Annual administration report of the Civil Veterinary Department of India - 1894-1895
Year: 1894
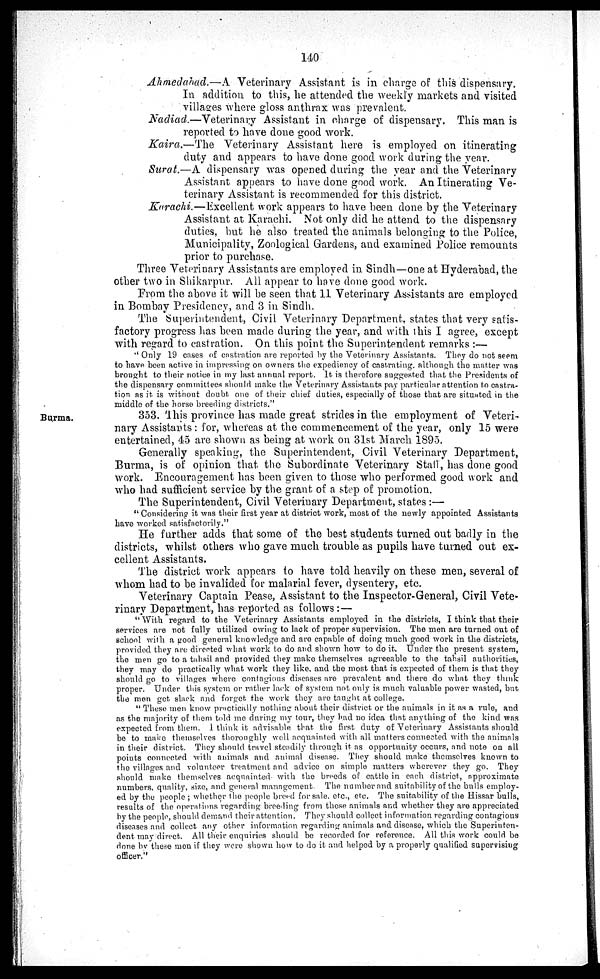
140
Ahmedabad.—A. Veterinary Assistant is in charge of this dispensary.
In addition to this, he attended the weekly markets and visited
villages where gloss anthrax was prevalent.
Nadiad.—Veterinary Assistant in charge of dispensary. This man is
reported to have done good work.
Kaira.—The Veterinary Assistant here is employed on itinerating
duty and appears to have done good work during the year.
Surat.—A dispensary was opened during the year and the Veterinary
Assistant appears to have done good work. An Itinerating Ve-
terinary Assistant is recommended for this district.
Karachi.—Excellent work appears to have been done by the Veterinary
Assistant at Karachi. Not only did he attend to the dispensary
duties, but he also treated the animals belonging to the Police,
Municipality, Zoological Gardens, and examined Police remounts
prior to purchase.
Three Veterinary Assistants are employed in Sindh—one at Hyderabad, the
other two in Shikarpur. All appear to have done good work.
From the above it will be seen that 11 Veterinary Assistants are employed
in Bombay Presidency, and 3 in Sindh.
The Superintendent, Civil Veterinary Department, states that very satis-
factory progress has been made during the year, and with this I agree, except
with regard to castration. On this point the Superintendent remarks :—
'' Only 19 cases of castration are reported by the Veterinary Assistants. They do not seem
to have been active in impressing on owners the expediency of castrating, although the matter was
brought to their notice in my last annual report. It is therefore suggested that the Presidents of
the dispensary committees should make the Veterinary Assistants pay particular attention to castra-
tion as it is without doubt one of their chief duties, especially of those that are situated in the
middle of the horse breeding districts."
Burma.
353. This province has made great strides in the employment of Veteri-
nary Assistants : for, whereas at the commencement of the year, only 15 were
entertained, 45 are shown as being at work on 31st March 1895.
Generally speaking, the Superintendent, Civil Veterinary Department,
Burma, is of opinion that the Subordinate Veterinary Staff, has done good
work. Encouragement has been given to those who performed good work and
who had sufficient service by the grant of a step of promotion.
The Superintendent, Civil Veterinary Department, states :—
" Considering it was their first year at district work, most of the newly appointed Assistants
have worked satisfactorily."
He further adds that some of the best students turned out badly in the
districts, whilst others who gave much trouble as pupils have turned out ex-
cellent Assistants.
The district work appears to have told heavily on these men, several of
whom had to be invalided for malarial fever, dysentery, etc.
Veterinary Captain Pease, Assistant to the Inspector-General, Civil Vete-
rinary Department, has reported as follows :—
" With regard to the Veterinary Assistants employed in the districts, I think that their
services are not fully utilized owing to lack of proper supervision. The men are turned out of
school with a good general knowledge and are capable of doing much good work in the districts,
provided they are directed what work to do and shown how to do it. Under the present system,
the men go to a tahsil and provided they make themselves agreeable to the tahsil authorities,
they may do practically what work they like and the most that is expected of them is that they
should go to villages where contagious diseases are prevalent and there do what they think
proper. Under this system or rather lack of system not only is much valuable power wasted, but
the men get slack and forget the work they are taught at college.
" These men know practically nothing about their district or the animals in it as a rule, and
as the majority of them told me during my tour, they had no idea that anything of the kind was
expected from them. I think it advisable that the first duty of Veterinary Assistants should
be to make themselves thoroughly well acquainted with all matters connected with the animals
in their district. They should travel steadily through it as opportunity occurs, and note on all
points connected with animals and animal disease. They should make themselves known to
the villages and volunteer treatment and advice on simple matters wherever they go. They
should make themselves acquainted with the breeds of cattle in each district, approximate
numbers, quality, size, and general management
The number and suitability of the bulls employ-
ed by the people ; whether the people breed for sale. etc., etc. The suitability of the Hissar bulls,
results of the operations regarding breeding from these animals and whether they are appreciated
by the people, should demand their attention. They should collect information regarding contagious
diseases and collect any other information regarding animals and disease, which the Superinten-
dent may direct. All their enquiries should be recorded for reference. All this work could be
done by these men if they were shown how to do it and helped by a properly qualified supervising
officer."